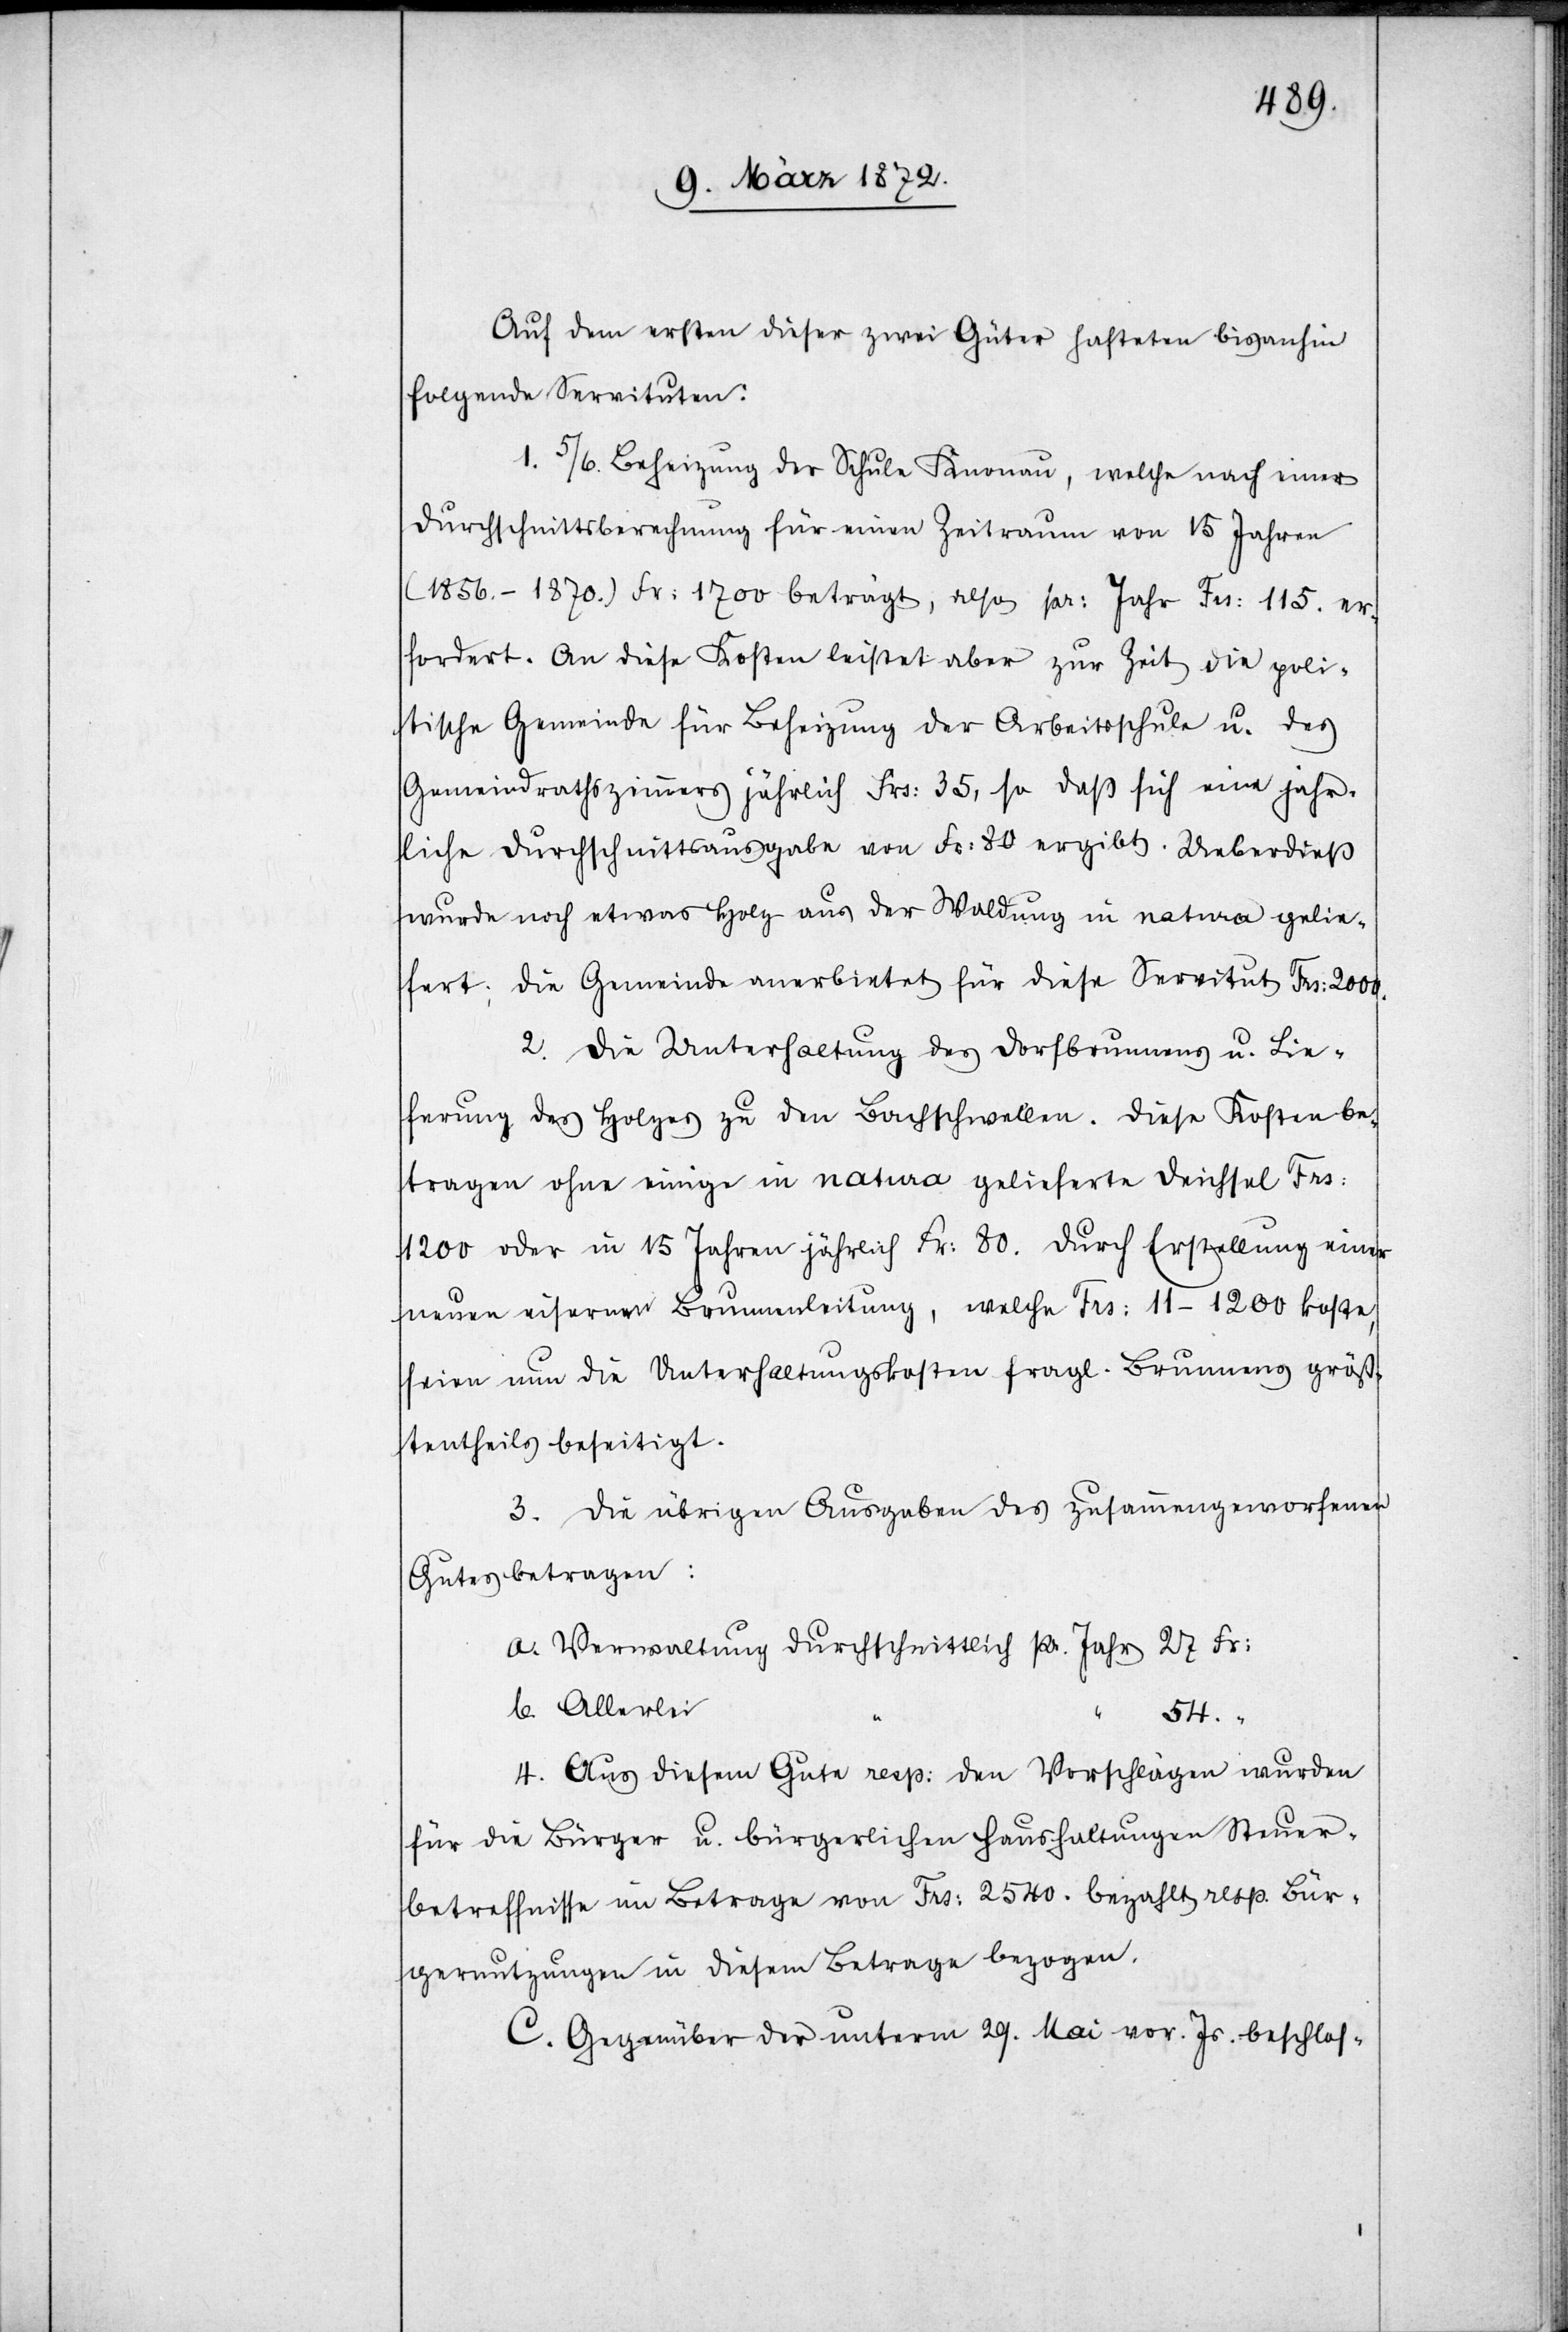
Auf dem ersten dieser zwei Güter hafteten bis anhin
folgende Servituten:
1. 5/6. Beheizung der Schule Knonau, welche nach einer
Durchschnittsberechnung für einen Zeitraum von 15 Jahren
(1856.–1870.) Fr: 1700 beträgt, also pr. Jahr Frs: 115. er¬
fordert. An diese Kosten leistet aber zur Zeit die poli¬
tische Gemeinde für Beheizung der Arbeitsschule u. des
Gemeindrathszimmers jährlich Frs: 35, so daß sich eine j[ä]hr¬
liche Durchschnittsausgabe von Fr: 80 ergibt. Ueberdieß
wurde noch etwas Holz aus der Waldung in natura gelie¬
fert; die Gemeinde anerbietet für diese Servitut Frs: 2000.
2. Die Unterhaltung des Dorfbrunnens u. Lie¬
ferung des Holzes zu den Bachschwellen. Diese Kosten be¬
tragen ohne einige in natura gelieferte Deichsel Frs:
1200 oder in 15 Jahren jährlich Fr: 80. durch Erstellung einer
neuen eisernen Brunnenleitung, welche Frs: 11–1200 koste,
seien nun die Unterhaltungskosten fragl. Brunnens gröss¬
tentheils beseitigt.
3. Die übrigen Ausgaben des zusammengeworfenen
Gutes betragen:
a. Verwaltung durchschnittlich pr. Jahr
b. Allerlei
54. “
4. Aus diesem Gute resp: den Vorschlägen wurden
für die Bürger u. bürgerlichen Haushaltungen Steuer¬
betreffnisse im Betrage vom Frs: 2540. bezahlt resp. Bür¬
gernutzungen in diesem Betrage bezogen.
C. Gegenüber der unterm 29. Mai vor. Js. beschlos-